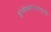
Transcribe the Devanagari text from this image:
इंन्फेक्शनपासूनही